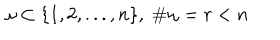
LaTeX: \omega \subset \{ 1 , 2 , . . . , n \} , \; \# \omega = r < n